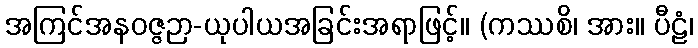
အကြင်အနဝဇ္ဇဉာ-ယုပါယအခြင်းအရာဖြင့်။ (ကဿစိ၊ အား။ ပီဠံ၊